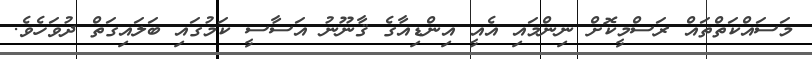
މަސައްކަތްތައް ރަސްމީކޮށް ނިންމައި އެއީ އިންޑިއާގެ ޤާނޫނު އަސާސީ ކަމުގައި ބަލައިގަތް ދުވަހެވެ.